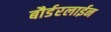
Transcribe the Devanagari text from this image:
बौर्डरलाईन